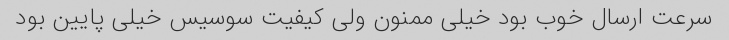
سرعت ارسال خوب بود خیلی ممنون ولی کیفیت سوسیس خیلی پایین بود